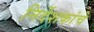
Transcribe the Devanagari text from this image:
निर्देशकांचे